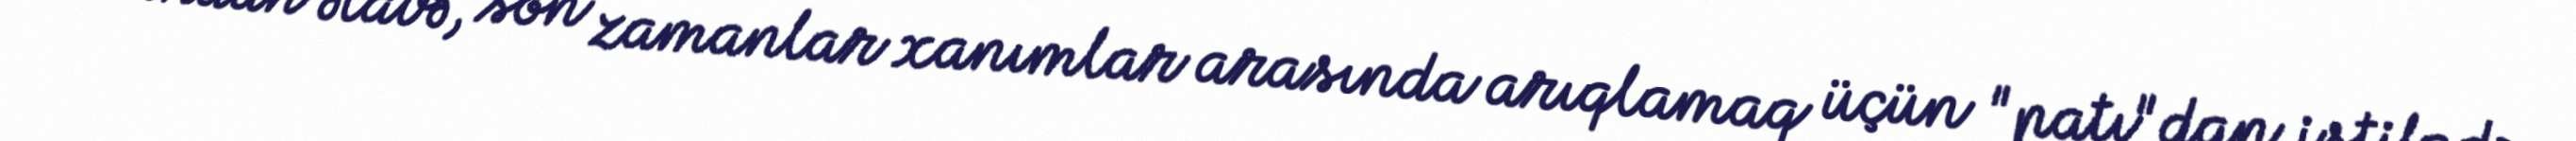
Bundan əlavə, son zamanlar xanımlar arasında arıqlamaq üçün "patı"dan istifadə